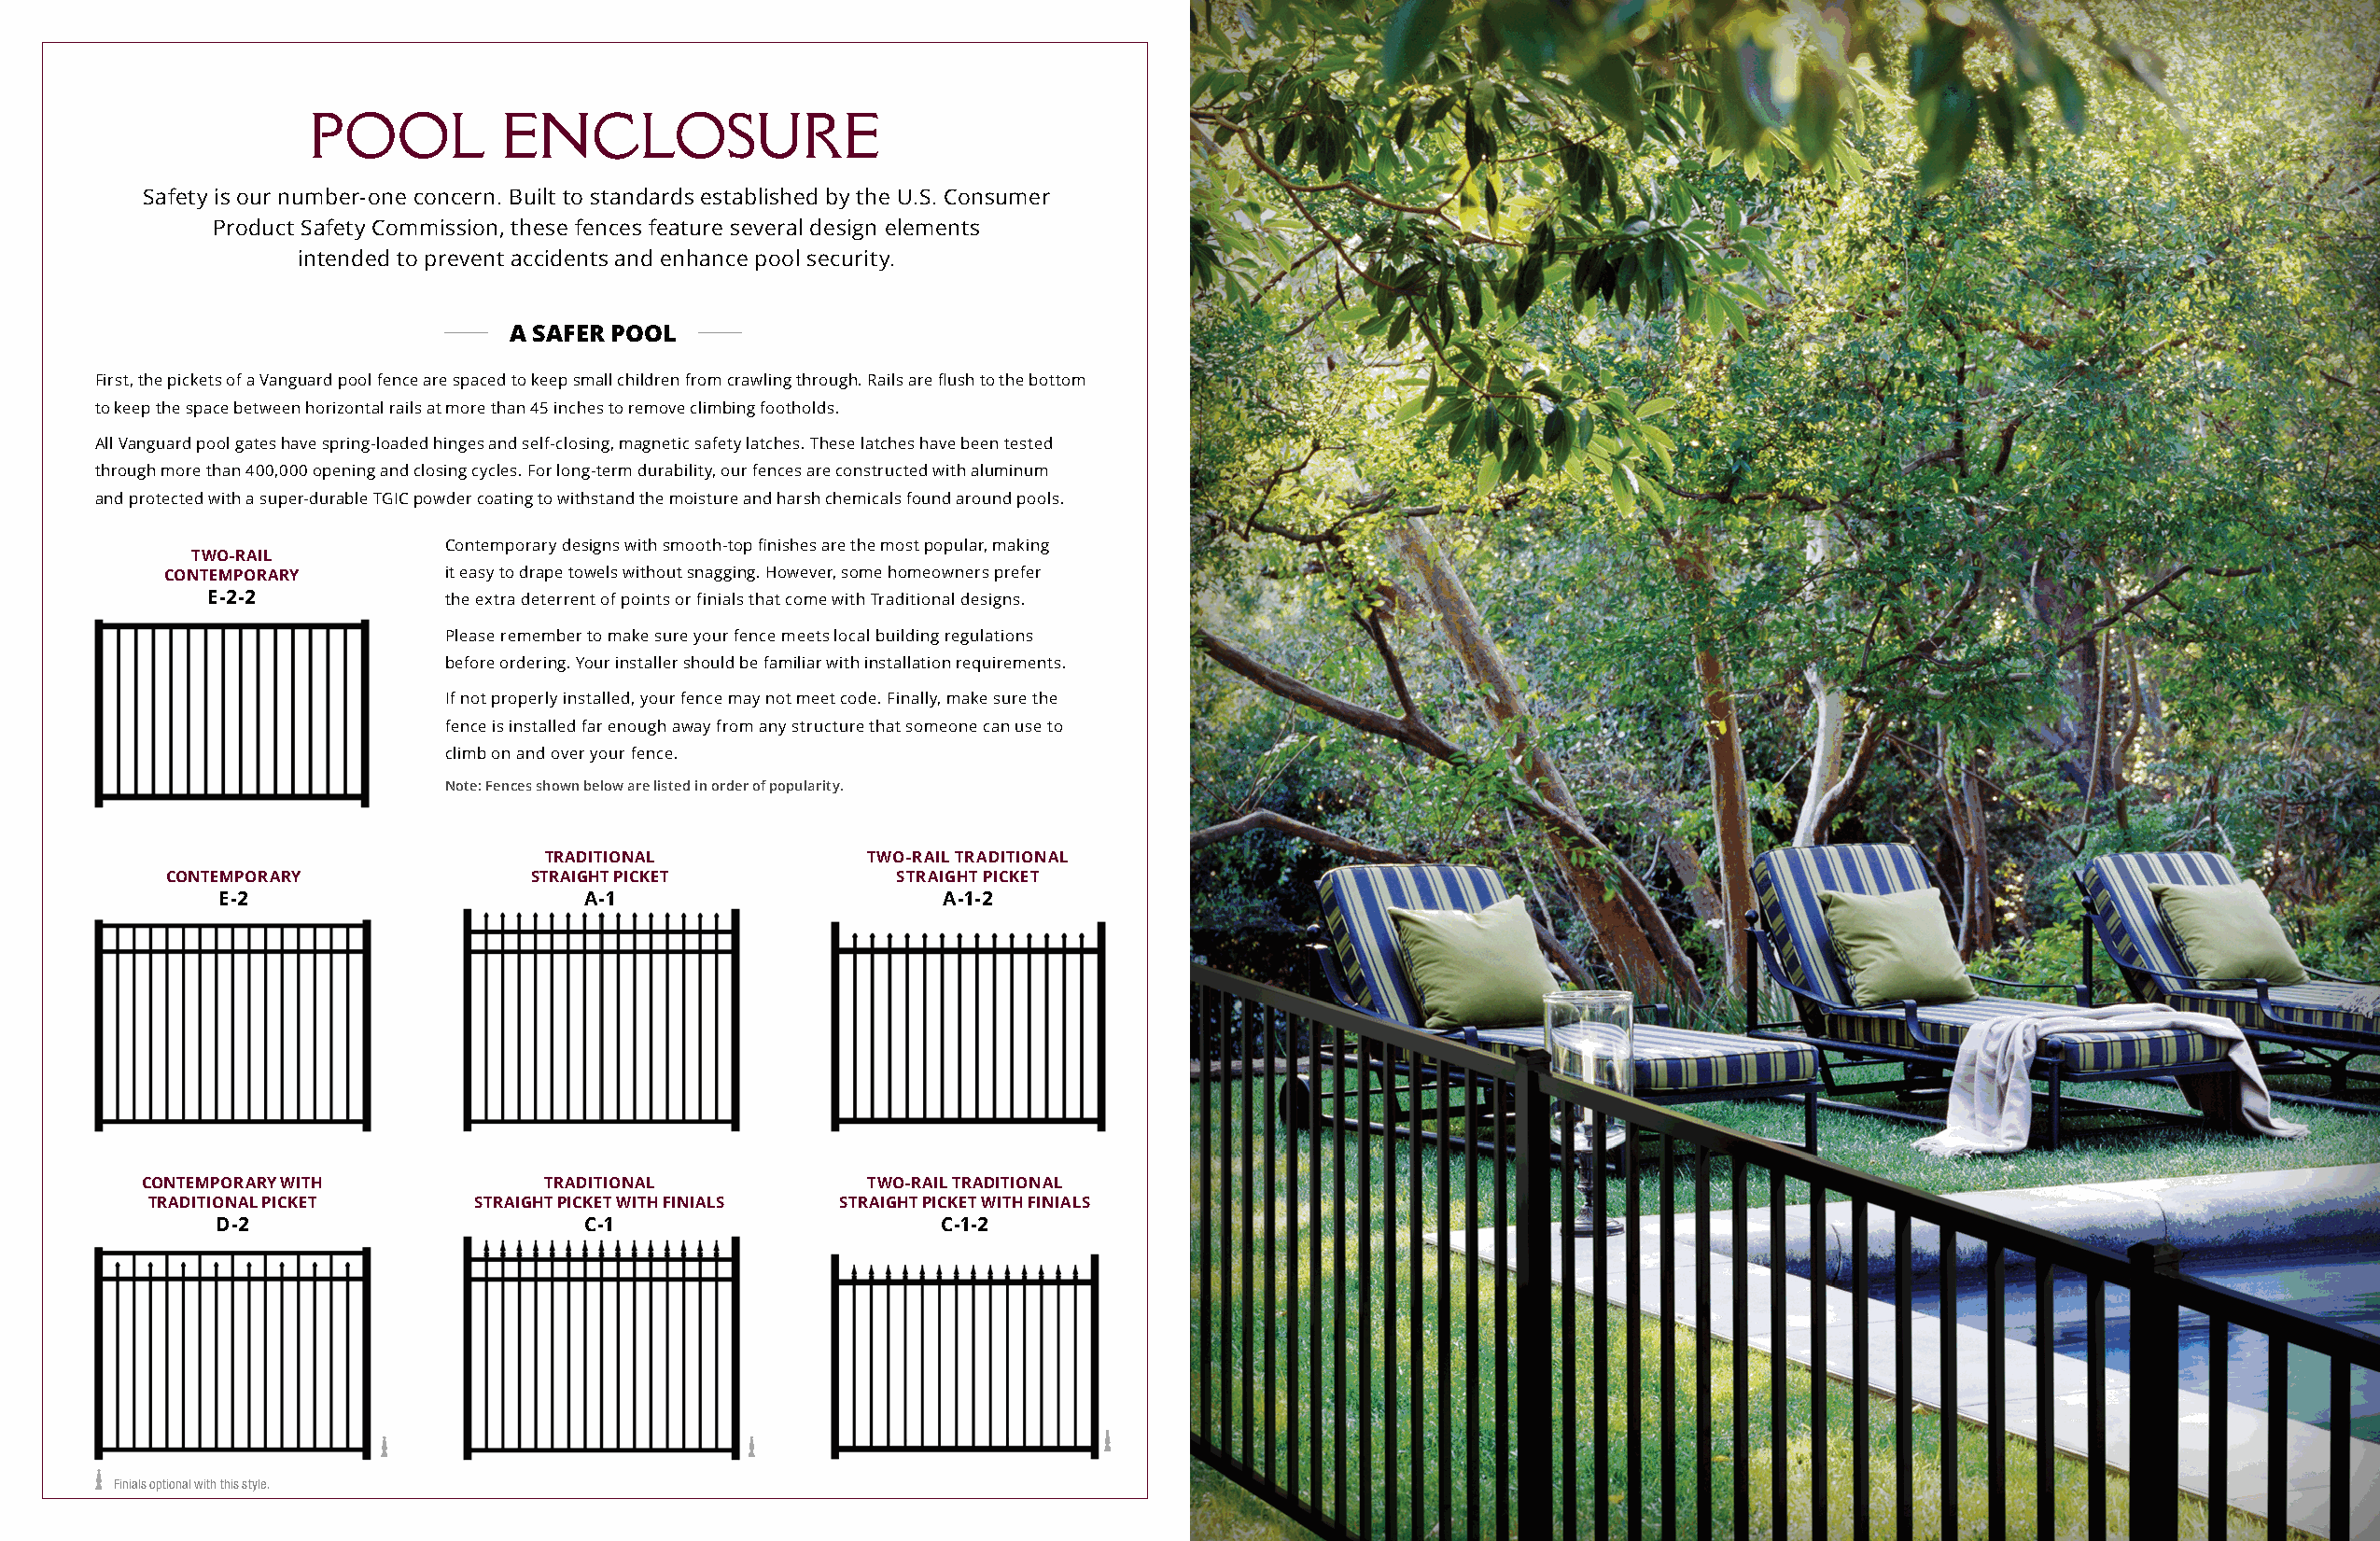
POOL          ENCLOSURE
 Safety is our number-one concern. Built to standards established by the U.S. Consumer
 Product Safety Commission, these fences feature several design elements
 intended to prevent accidents and enhance pool security.
 A SAFER POOL
 First, the pickets of a Vanguard pool fence are spaced to keep small children from crawling through. Rails are flush to the bottom
 to keep the space between horizontal rails at more than 45 inches to remove climbing footholds.
 All Vanguard pool gates have spring-loaded hinges and self-closing, magnetic safety latches. These latches have been tested
 through more than 400,000 opening and closing cycles. For long-term durability, our fences are constructed with aluminum
 and protected with a super-durable TGIC powder coating to withstand the moisture and harsh chemicals found around pools.
 Contemporary designs with smooth-top finishes are the most popular, making
 TWO-RAIL
 CONTEMPORARY        it easy to drape towels without snagging. However, some homeowners prefer
 E-2-2            the extra deterrent of points or finials that come with Traditional designs.
 Please remember to make sure your fence meets local building regulations
 before ordering. Your installer should be familiar with installation requirements.
 If not properly installed, your fence may not meet code. Finally, make sure the
 fence is installed far enough away from any structure that someone can use to
 climb on and over your fence.
 Note: Fences shown below are listed in order of popularity.
 TRADITIONAL            TWO-RAIL TRADITIONAL
 CONTEMPORARY              STRAIGHT PICKET           STRAIGHT PICKET
 E-2                      A-1                       A-1-2
 CONTEMPORARY WITH            TRADITIONAL            TWO-RAIL TRADITIONAL
 TRADITIONAL PICKET     STRAIGHT PICKET WITH FINIALS STRAIGHT PICKET WITH FINIALS
 D-2                       C-1                       C-1-2
 Finials optional with this style.